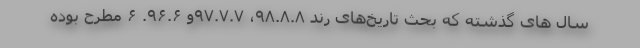
سال های گذشته که بحث تاریخ‌های رُند ۹۸.۸.۸، ۹۷.۷.۷و ۹۶.۶. ۶ مطرح بوده